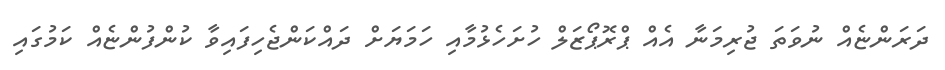
ދަރަންޏެއް ނުވަތަ ޖުރިމަނާ އެއް ޕްރޮޕޯޒަލް ހުށަހެޅުމާއި ހަމަޔަށް ދައްކަންޖެހިފައިވާ ކުންފުންޏެއް ކަމުގައި